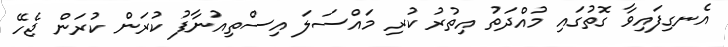
އެނގިފައިވާ ގޮތުގައި މުއްދަތު އިތުރު ކުރި މައްސަލަ އިސްތިއުނާފު ކުރަން ކުރަން ޖެހޭ